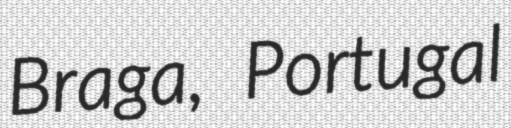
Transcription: Braga, Portugal